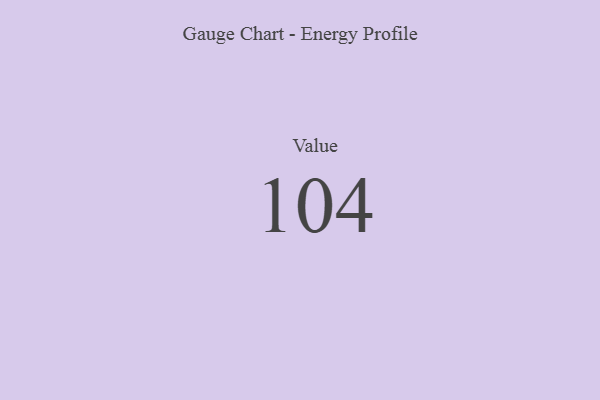
{"axis": {"x": "Metric", "y": "Value"}, "legend": [""], "data": [{"x": "Value", "y": 104, "type": ""}]}